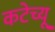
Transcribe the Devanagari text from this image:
कटेच्यू